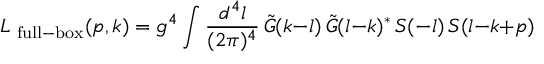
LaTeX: L _ { \mathrm { \scriptsize ~ f u l l - b o x } } ( p , k ) = g ^ { 4 } \int { \frac { d ^ { 4 } l } { ( 2 \pi ) ^ { 4 } } } \, \tilde { G } ( k { - } l ) \, \tilde { G } ( l { - } k ) ^ { * } \, S ( - l ) \, S ( l { - } k { + } p ) \;